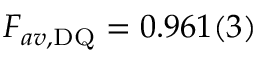
F _ { a v , \mathrm { D Q } } = 0 . 9 6 1 ( 3 )